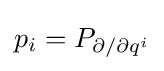
p_{i}=P_{\partial /\partial q^{i}}